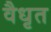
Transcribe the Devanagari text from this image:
वैधृत